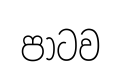
පාටව